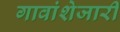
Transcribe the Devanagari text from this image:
गावांशेजारी